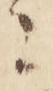
ニ